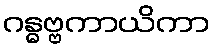
ဂန္ဓဗ္ဗကာယိကာ